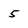
Character: 5